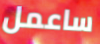
ساعمل